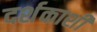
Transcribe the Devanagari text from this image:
दर्शकाशी